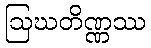
ဩဃတိဏ္ဏဿ